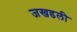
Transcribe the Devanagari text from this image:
जखडली